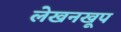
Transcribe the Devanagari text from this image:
लेखनखूप